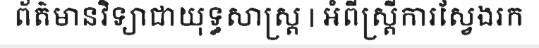
ព័ត៌មានវិទ្យាជាយុទ្ធសាស្ត្រ | អំពីស្ត្រីការស្វែងរក